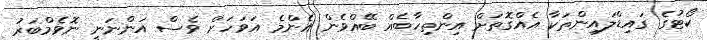
ކޯޓުގެ ގައިޑްލައިންތަކާ އެއްގޮތަށް އިންތިހާބެއް ބޭއްވެން އެންމެ އަވަހަށް ވެސް އަންނަނީ ނޮވެމްބަރު